Medical and sanitary report of the native army of Bengal for the year
Year: 1874
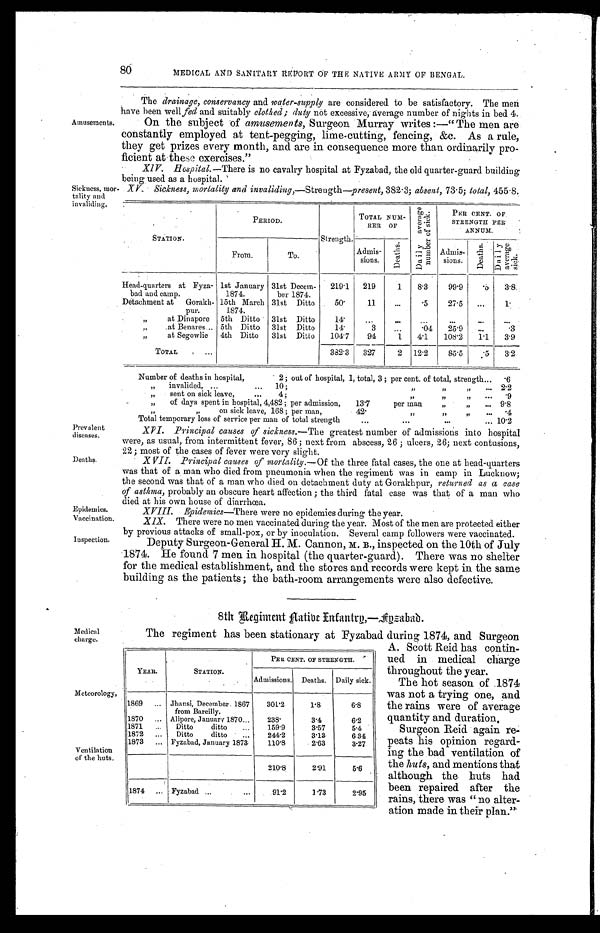
Prevalent
diseases.
Deaths.
Epidemics.
Vaccination.
Inspection.
The hot season of 1874
was not a trying one, and
the rains were of average
quantity and duration.
Surgeon Reid again re
-
peats his opinion regard
-
ing the bad ventilation of
the huts, and mentions that
although the huts had
been repaired after the
rains, there was "no alter
-
ation made in their plan."
80
MEDICAL AND SANITARY REPORT OF THE NATIVE ARMY OF BENGAL.
Amusements.
The drainage, conservancy and water-supply are considered to be satisfactory. The men
have been well fed and suitably clothed; duty not excessive, average number of nights in bed 4.
On the subject of amusements, Surgeon Murray writes:—"The men are
constantly employed at tent-pegging, lime-cutting, fencing, &c. As a rule,
they get prizes every month, and are in consequence more than ordinarily pro
-
ficient at these exercises."
XIV. Hospital.— There is no cavalry hospital at Fyzabad, the old quarter-guard building
being used as a hospital.
Sickness, mor-
tality and invaliding.
XV. Sickness, mortality and invaliding,—Strength—present, 382.3; absent, 73.5; total, 455.8.
S T A T I O N .
P E R I O D .
S t r e n g t h .
TOTAL NUM-BER OF
D a i l y a v e r a g e n u m b e r o f s i c k .
PER CENT. OF
STRENGTH PER ANNUM.
F r o m .
T o .
A d m i s - s i o n s .
Deaths.
Admis-sions.
D e a t h s .
Daily average sick.
H e a d - q u a r t e r s a t F y z a - b a d a n d c a m p .
1 s t J a n u a r y 1 8 7 4 .
3 1 s t D e c e m - b e r 1 8 7 4 .
2 1 9 . 1
2 1 9
1
8 . 3 99.9
. 5
3.8
D e t a c h m e n t a t G o r a k h - p u r .
1 5 t h M a r c h 1 8 7 4 .
3 1 s t D i t t o
5 0 .
1 1
. . .
. 5 27.5
. . .
1.
" a t D i n a p o r e
5 t h D i t t o
3 1 s t D i t t o
1 4 .
. . .
. . .
. . .
. . .
. . . . . .
" B e n a r e s . . .
5 t h D i t t o
3 1 s t D i t t o
1 4 .
3 . . .
. 0 4
25.9
. . .
.3
" a t S e g o w l i e
4 t h D i t t o
3 1 s t D i t t o
1 0 4 . 7
9 4
1
4 . 1
108.2
1 . 1
3.9
T o t a l . . .
3 8 2 . 3
3 2 7
2
1 2 . 2
85.5
. 5
3.2
Number of deaths in hospital, 2; out of hospital, 1, total, 3; per cent. of total, strength . . .
.6
" i n v a l i d e d , . . . 1 0 ; " " . . .
2.2
" sent on sick leave, . . .4; " " . . .
.9
" of days spent in hospital, 4,482; per admission, 13.7 per man " " . . .
9.8
" " on sick leave, 168; per man, 42. " " " . . . .4
Total temporary loss of service per man of total strength . . . 10.2
XVI. Principal causes of sickness.— The greatest number of admissions into hospital
were, as usual, from intermittent fever, 86; next from abscess, 26; ulcers, 26; next contusions,
22; most of the cases of fever were very slight.
XVII. Principal causes of mortality.— Of the three fatal cases, the one at head-quarters
was that of a man who died from pneumonia when the regiment was in camp in Lucknow;
the second was that of a man who died on detachment duty at Gorakhpur, returned as a case
of asthma, probably an obscure heart affection; the third fatal case was that of a man who
died at his own house of diarrhœa.
XVIII. Epidemics— There were no epidemics during the year.
XIX. There were no men vaccinated during the year. Most of the men are protected either
by previous attacks of small-pox, or by inoculation. Several camp followers were vaccinated.
Deputy Surgeon-General H. M. Cannon, M. B., inspected on the 10th of
J u l y
1874. He found 7 men in hospital (the quarter-guard). There was no shelter
for the medical establishment, and the stores and records were kept in the same
building as the patients; the bath-room arrangements were also defective.
8th Regiment Native Infantry,— Fyzabad.
Medical
charge.
The regiment has been stationary at Fyzabad during 1874, and Surgeon
A. Scott Reid has contin
ued in medical charge
throughout the year.
Meteorology.
Ventilation
of the huts.
Y E A R .
STATION.
PER CENT. OF STRENGTH.
Admissions. Deaths. Daily sick.
1 8 6 9 . . . Jhansi, December. 1867
from Bareilly.
301.2
1 . 8
6.8
1 8 7 0 . . . Alipore, January 1870 . . . 238.
3 . 4
6.2
1 8 7 1 . . . Ditto ditto . . . 159.9
3 . 5 7
5.4
1 8 7 2 . . . Ditto ditto . . . 244.2
3 . 1 3
6 34
1 8 7 3 . . . Fyzabad, January 1873 110.8
2 . 6 3
3.27
210.8
2.91 5.6
1 8 7 4 . . . Fyzabad . . .91.2
1 . 7 3
2.95